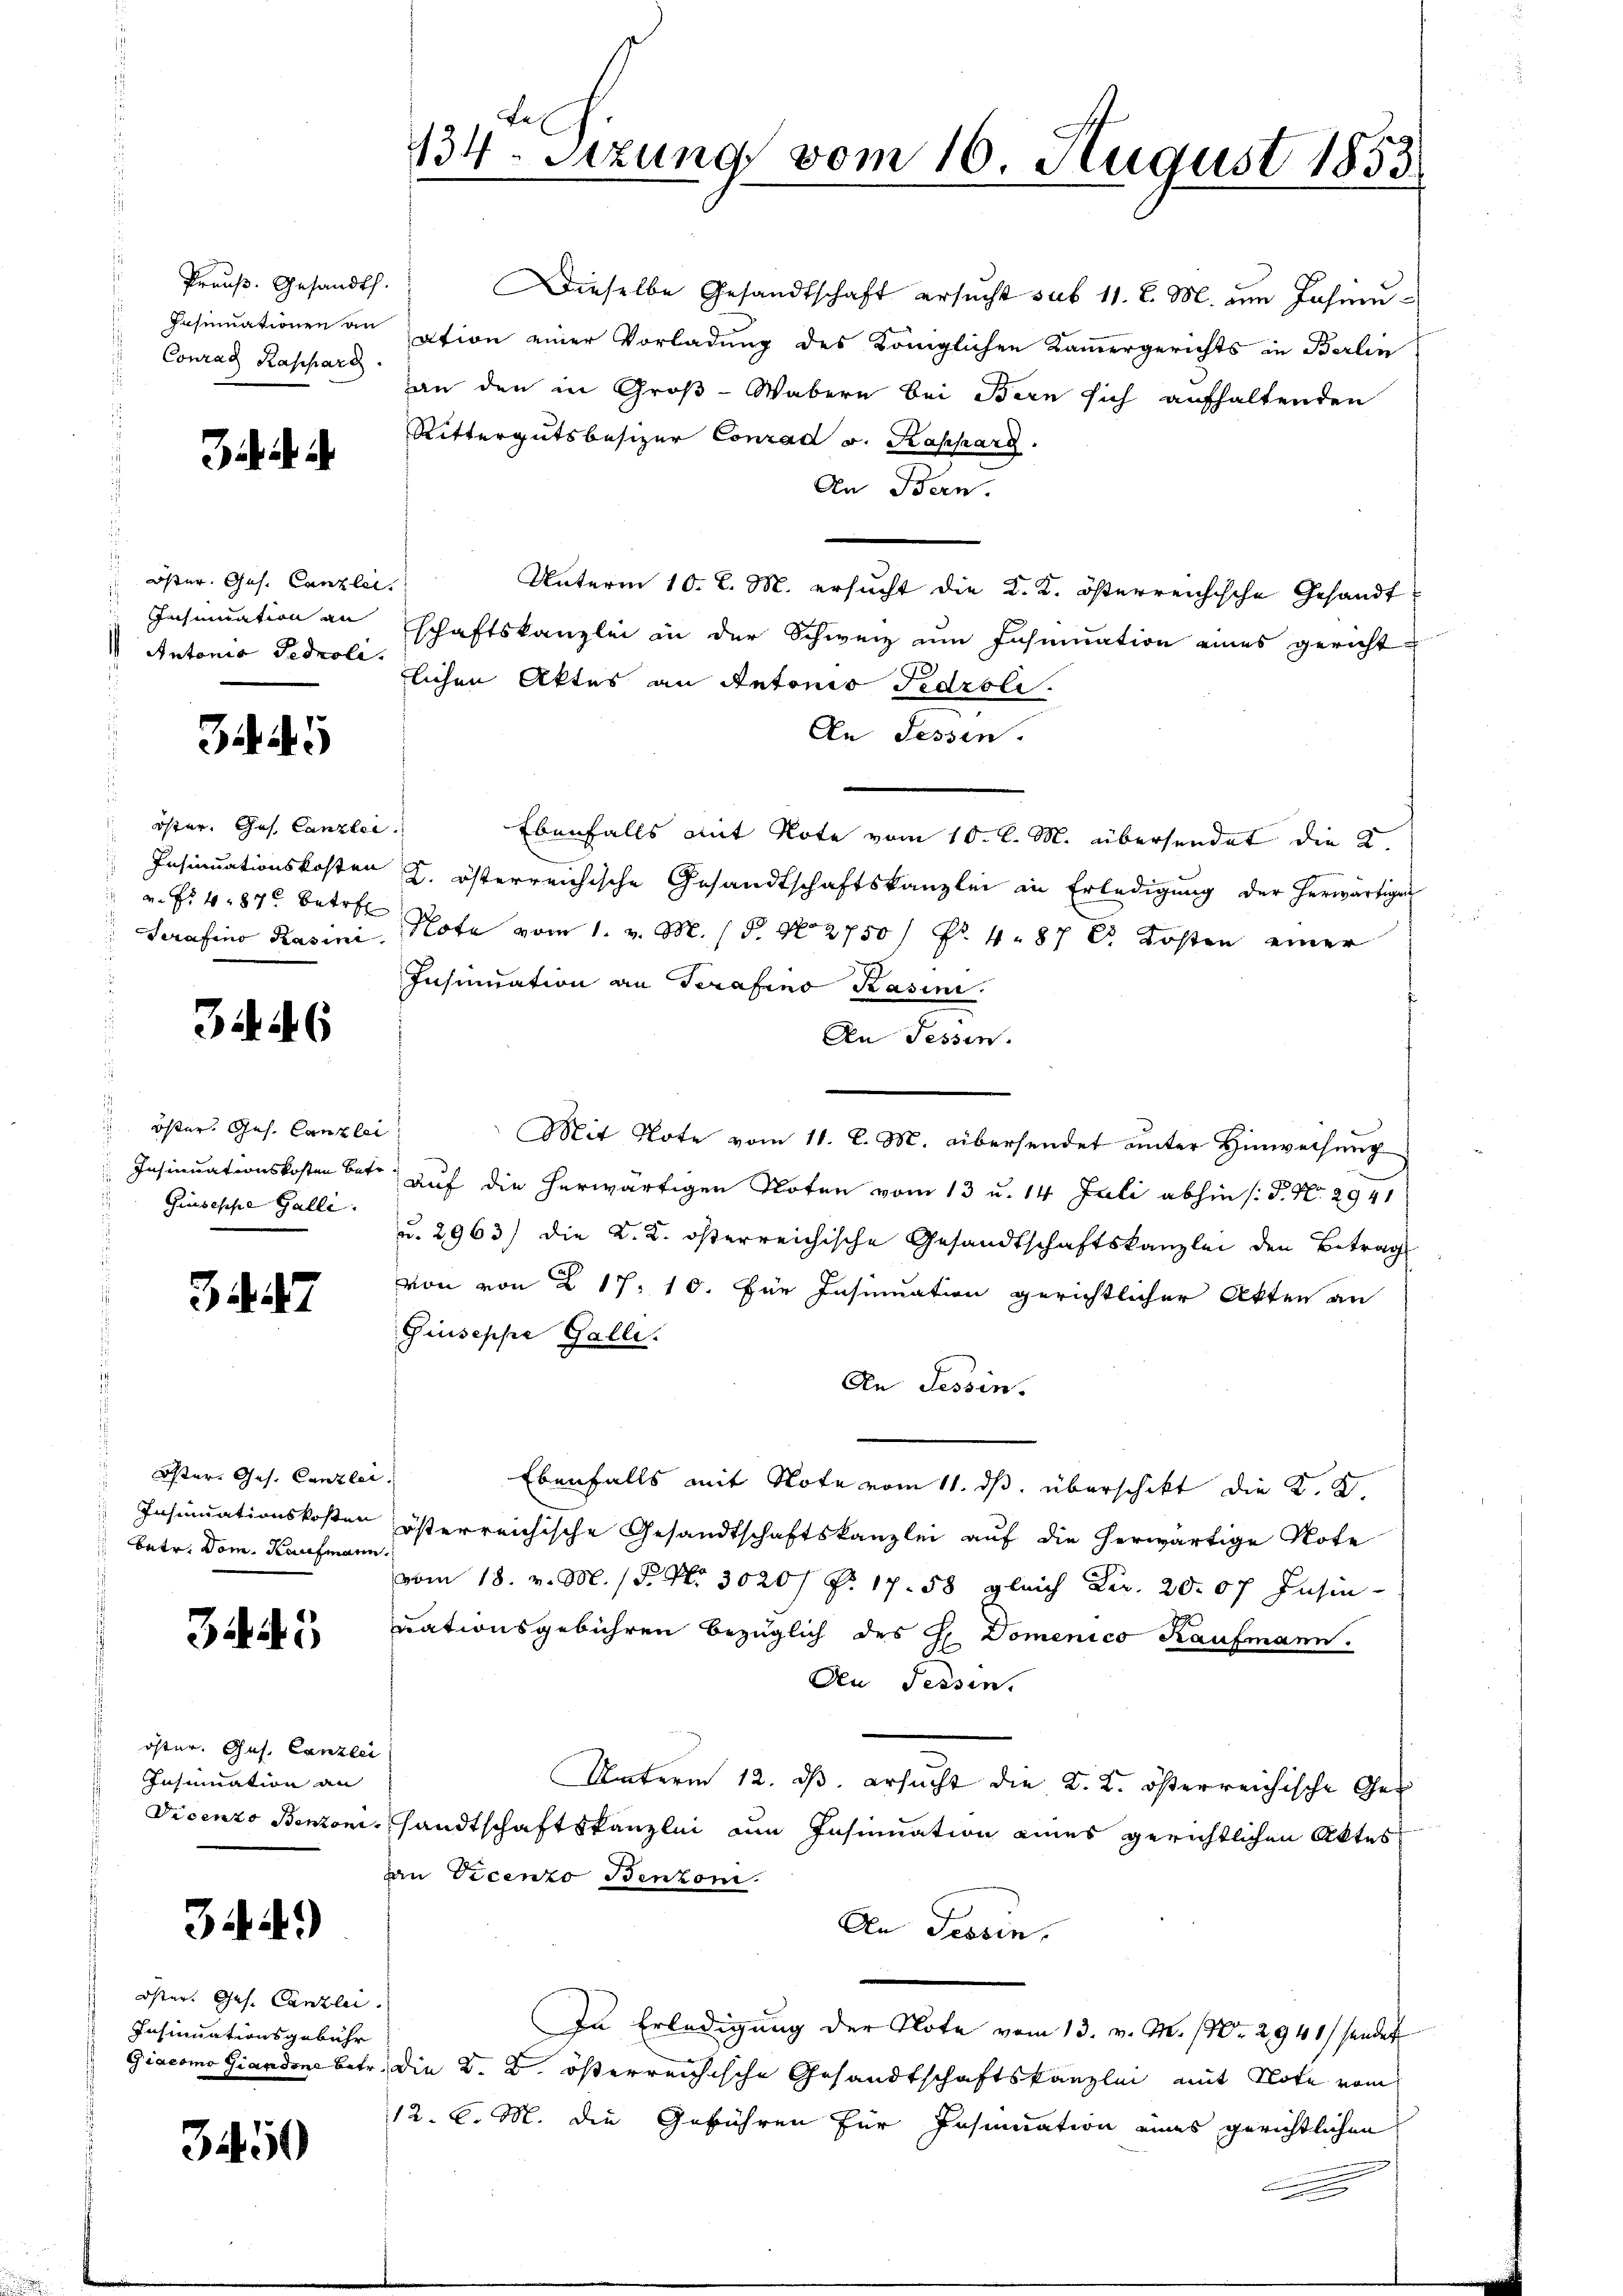
Preuß. Gesandth
Insinuationen an
Conrad Kasparg.

öster. Ges. Canzlei
Insinuation an
Antonia Fedroli

3445

öster. Ges. Canzlei
Insinuationskosten
v. fr. 487 betref
Serafino Kasini

34. 46

öster, Ges. Canzlei
Insinuationskosten betr.
Giuseppe Galle.

347

öster Ges. Canzlei
Insinuationskosten
betr. Dom. Kaufmann

öster. Ges. Canzlei
Insinuation an
Vicento Benton

344)

öster Ges. Canzlei
Insinuationsgebühr
Giacomo Giandone betr

31450

s

134. Sitzung vom 16. August 1853

Dieselbe Gesandtschaft ersucht sub 11. l. M. am Jahmation einer Vorladung des Königlichen Kammergerichts in Berlin
an den in Groß-Wabern bei Bern sich aufhaltenden
Rittergutsbesizer Conrad v. Kappard.
An Bern.
Unterm 10. d. M. ersucht die K. K. österreichische Gesandt
schaftskanzlei in der Schweiz um Inhmuation eines gerichtlichen Aktes an Antonio Fidroli
An Fessen.
Ebenfalls mit Note vom 10. l. M. übersendet die 2.
I. österreichische Gesandtschaftskanzlei in Erledigung der herwärtigen
Note vom 1. v. M. 18. No 2750/ Nr. 4. 87 Ct. Kosten einer
Insinuation an Terafino Kasini.
An Tessin.
Mit Note vom 11. l. M. übersendet unter Hinweisung
auf die herwärtigen Noten vom 13 u. 14 Juli abhin /: P. Nr. 2941
u. 2963) die K. K. österreichische Gesandtschaftskanzlei den Betrag
von von § 17, 10. Für Insinuation gerichtlicher Akten an
Giuseppe Galli.
An Tessin.
Ebenfalls mit Note vom 11. ds. überschikt die K. V.
österreichische Gesandtschaftskanzlei auf die herwärtige Note
vom 18. v. M. / 5. No. 3020/ P. 17. 58 gleich Fr. 20. 07 Insin
rationsgebühren bezüglich des H. Domenico Kaufmann.
Den Tessin.
Unterm 12. ds. ersucht die K. K. österreichische Gesandtschaftskanzlei ein Insinuation eines gerichtlichen Aktes
an Vicenzo Benkom
An Tessin.
In Erledigung der Note vom 13. v. M. 170. 2941/ sendet
die K. B. österreichische Gesandtschaftskanzlei mit Note vom
12. d. M. die Gebühren für Insinuation eines gerichtlichen